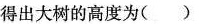
得出大树的高度为( )